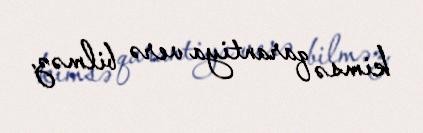
kimsə qarantiya verə bilməz.